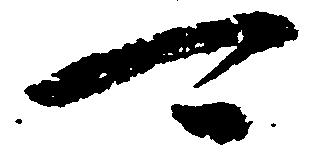
可